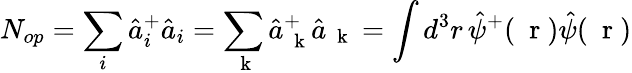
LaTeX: N_{op}=\sum_{i}\hat{a}_{i}^{+}\hat{a}_{i}=\sum_{\mathrm{~\mathbf~k~}}\hat{a}_{\mathrm{~\mathbf~k~}}^{+}\hat{a}_{\mathrm{~\mathbf~k~}}=\int d^{3}r\, \hat{\psi}^{+}(\mathrm{~\mathbf~r~})\hat{\psi}(\mathrm{~\mathbf~r~})